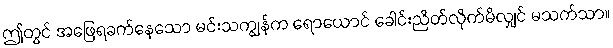
ဤတွင် အဖြေရခက်နေသော မင်းသကျွန်က ရောယောင် ခေါင်းညိတ်လိုက်မိလျှင် မသက်သာ။